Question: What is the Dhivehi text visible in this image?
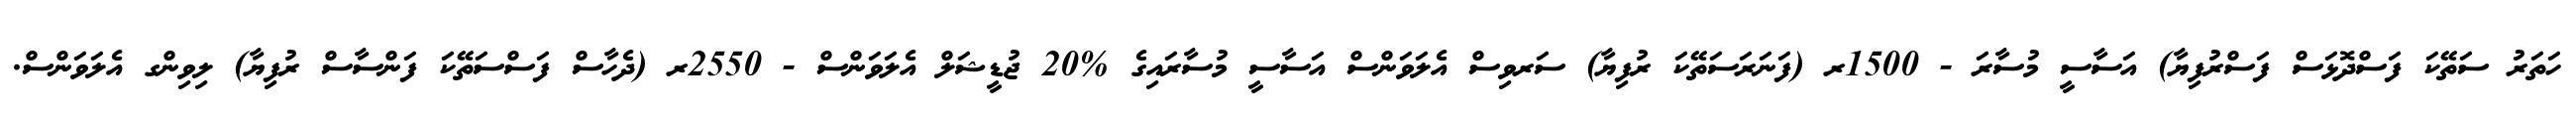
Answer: ހަތަރު ސަތޭކަ ފަސްދޮޅަސް ފަސްރުފިޔާ) އަސާސީ މުސާރަ - 1500ރ (ފަނަރަސަތޭކަ ރުފިޔާ) ސަރވިސް އެލަވަންސް އަސާސީ މުސާރައިގެ %20 ޖުޑީޝަލް އެލަވަންސް - 2550ރ (ދެހާސް ފަސްސަތޭކަ ފަންސާސް ރުފިޔާ) ލިވިންގ އެލަވަންސް.